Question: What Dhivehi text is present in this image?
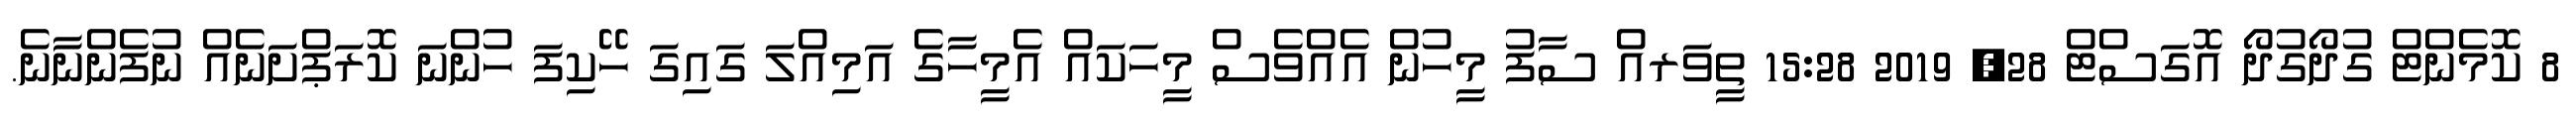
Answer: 8 ކޮމެންޓް ގުދޯގުދޯ އޮގަސްޓް 28, 2019 15:28 ތީވަރއް ސާފު މީހުން އެއްވެސް މީހަކައް އެމީހާގެ އަމިއްލަ ގައިގަ ހޭކިފަ ހުންނަ ކޮރަޕްށަނެއް ނުފެންނާނެ.